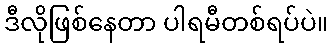
ဒီလိုဖြစ်နေတာ ပါရမီတစ်ရပ်ပဲ။